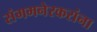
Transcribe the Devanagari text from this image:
संगमनेरकरांना